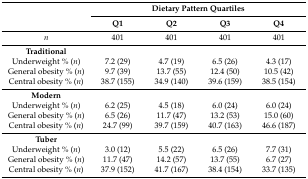
<table><thead><tr><td rowspan="2"></td><td colspan="4"><b>Dietary Pattern Quartiles</b></td></tr><tr><td><b>Q1</b></td><td><b>Q2</b></td><td><b>Q3</b></td><td><b>Q4</b></td></tr></thead><tbody><tr><td><i>n</i></td><td>401</td><td>401</td><td>401</td><td>401</td></tr><tr><td><b>Traditional</b></td><td></td><td></td><td></td><td></td></tr><tr><td>Underweight % (<i>n</i>)</td><td>7.2 (29)</td><td>4.7 (19)</td><td>6.5 (26)</td><td>4.3 (17)</td></tr><tr><td>General obesity % (<i>n</i>)</td><td>9.7 (39)</td><td>13.7 (55)</td><td>12.4 (50)</td><td>10.5 (42)</td></tr><tr><td>Central obesity % (<i>n</i>)</td><td>38.7 (155)</td><td>34.9 (140)</td><td>39.6 (159)</td><td>38.5 (154)</td></tr><tr><td><b>Modern</b></td><td></td><td></td><td></td><td></td></tr><tr><td>Underweight % (<i>n</i>)</td><td>6.2 (25)</td><td>4.5 (18)</td><td>6.0 (24)</td><td>6.0 (24)</td></tr><tr><td>General obesity % (<i>n</i>)</td><td>6.5 (26)</td><td>11.7 (47)</td><td>13.2 (53)</td><td>15.0 (60)</td></tr><tr><td>Central obesity % (<i>n</i>)</td><td>24.7 (99)</td><td>39.7 (159)</td><td>40.7 (163)</td><td>46.6 (187)</td></tr><tr><td><b>Tuber</b></td><td></td><td></td><td></td><td></td></tr><tr><td>Underweight % (<i>n</i>)</td><td>3.0 (12)</td><td>5.5 (22)</td><td>6.5 (26)</td><td>7.7 (31)</td></tr><tr><td>General obesity % (<i>n</i>)</td><td>11.7 (47)</td><td>14.2 (57)</td><td>13.7 (55)</td><td>6.7 (27)</td></tr><tr><td>Central obesity % (<i>n</i>)</td><td>37.9 (152)</td><td>41.7 (167)</td><td>38.4 (154)</td><td>33.7 (135)</td></tr></tbody></table>